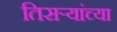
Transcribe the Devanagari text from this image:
तिसऱ्यांच्या